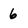
Character: 6